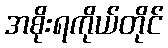
အစိုးရကိုယ်တိုင်